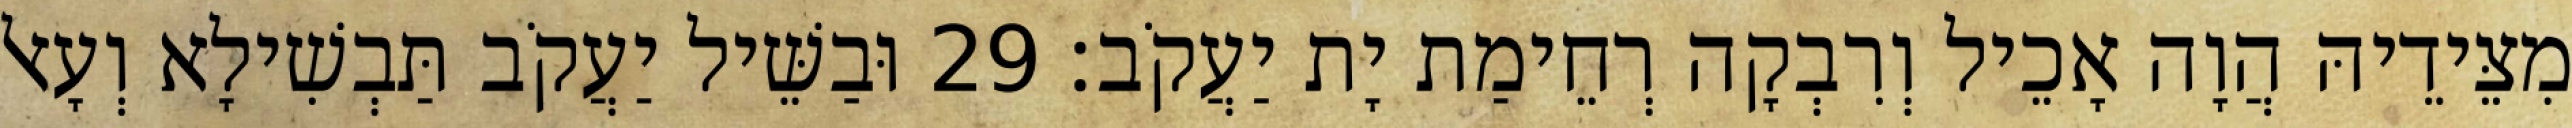
מִצֵּידֵיהּ הֲוָה אָכֵיל וְרִבְקָה רְחֵימַת יָת יַעֲקֹב׃ 29 וּבַשֵּׁיל יַעֲקֹב תַּבְשִׁילָא וְעָאל